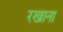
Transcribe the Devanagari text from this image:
रखाना